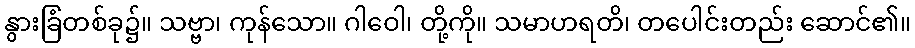
နွားခြံတစ်ခု၌။ သဗ္ဗာ၊ ကုန်သော။ ဂါဝေါ၊ တို့ကို။ သမာဟရတိ၊ တပေါင်းတည်း ဆောင်၏။